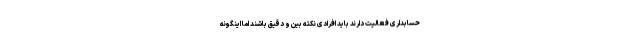
حسابداری فعالیت دارند باید افرادی نکته بین و دقیق باشند اما اینگونه